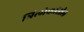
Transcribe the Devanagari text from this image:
त्रिलोकांतील